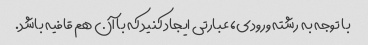
با توجه به رشته ورودی، عبارتی ایجاد کنید که با آن هم قافیه باشد.